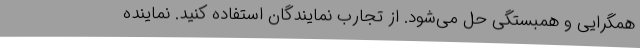
همگرایی و همبستگی حل می‌شود. از تجارب نمایندگان استفاده کنید. نماینده